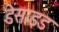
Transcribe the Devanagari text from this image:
डेसाइड